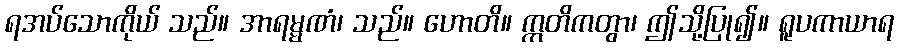
ရအပ်သောကိုယ် သည်။ အာရမ္မဏံ၊ သည်။ ဟောတိ။ ဣတိကတွာ၊ ဤသို့ပြု၍။ ရူပကာယာရ